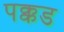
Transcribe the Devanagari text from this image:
पक्कड